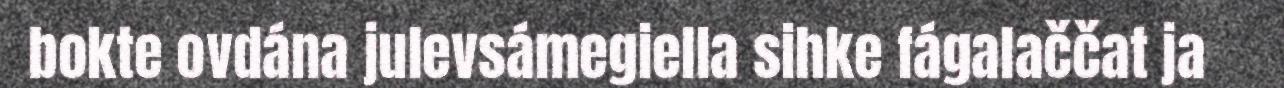
bokte ovdána julevsámegiella sihke fágalaččat ja